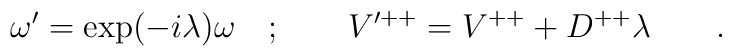
\omega'=\exp(-i\lambda)\omega\quad;\qquad V'^{++}= V^{++} + D^{++} \lambda\qquad.